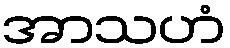
အာသဟံ